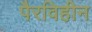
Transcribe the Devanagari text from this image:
पैरविहीन